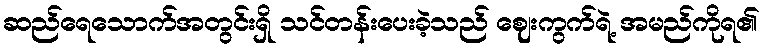
ဆည်ရေသောက်အတွင်းရှိ သင်တန်းပေးခဲ့သည် ဈေးကွက်ရဲ့ အမည်ကိုရ၏